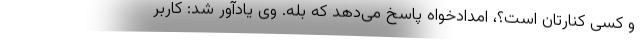
و کسی کنارتان است؟، امدادخواه پاسخ می‌دهد که بله. وی یادآور شد: کاربر